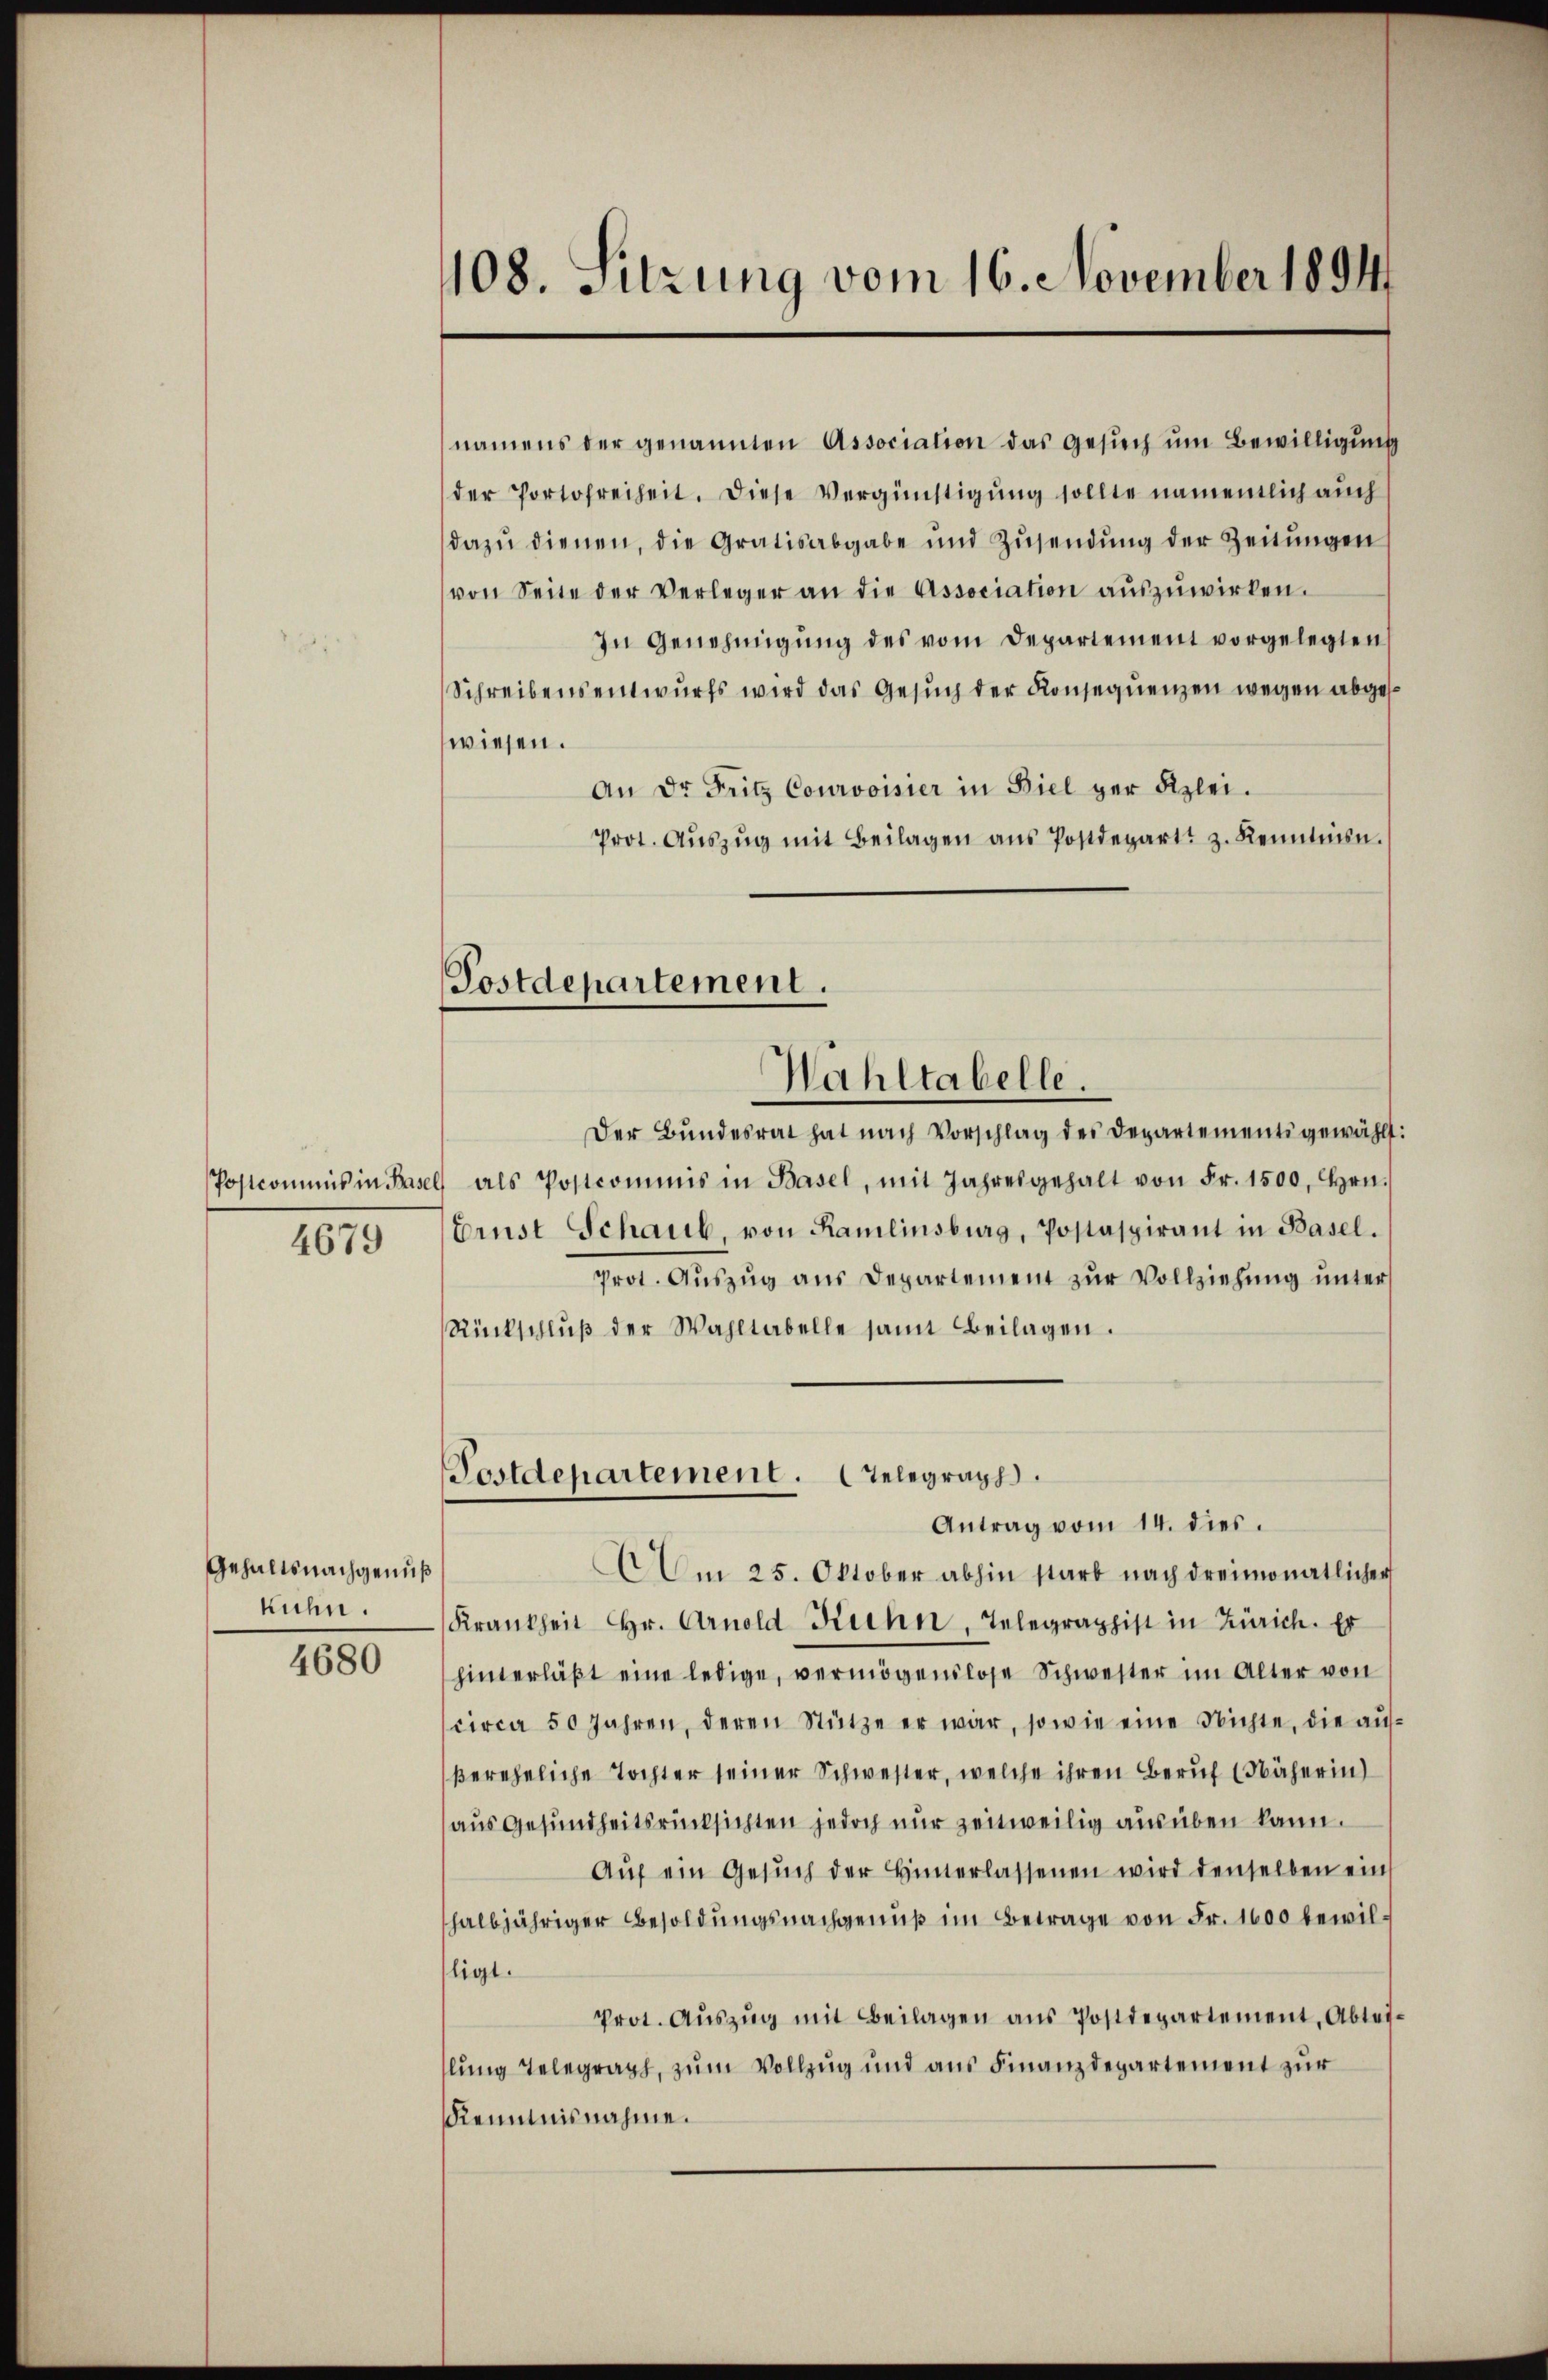
4679

Gehaltsnachgenuß
kuhn.

4680

108. Sitzung vom 16. November 1894

Postdepartement.
Wahltabelle.

namens der genannten Association das Gesuch um Bewilligung
der Portofreiheit. Diese Vergünstigung sollte namentlich auch
dazŭ dienen, die Gratisabgabe und Zŭsendŭng der Zeitŭngen
von Seite der Verleger an die Association aŭszŭwirken.
In Genehmigung des vom Departement vorgelegten
Schreibensentwurfs wird das Gesuch der Konsequenzen wegen abgese
wiesen.
An Dr. Fritz Courvoisier in Biel ger Kzlei.
Prot. Aŭszŭg mit Beilagen ans Postdepart z. Renntnisn.
Der Bŭndesrat hat nach Vorschlag des Departements gewählt:
Postcommis in Basel als Postcommis in Basel, mit Jahresgehalt von Fr. 1500. Hrn.
Ernst Schaub, von Ramlinsburg, Postaspirant in Basel.
prot. Auszug aus Departement zur Vollziehung unter
Rückschlŭβ der Wahltabelle samt Beilagen.
Tostdepartement. Gelegraph
Antrag vom 14. dies.
Am 25. Oktober abhin starb nach dreimonatlicher
Krankheit Hr. Arnold Kuhn, Telegraphist in Zürich. Er
hinterläβt eine ledige, vermögenslose Schwester im Alter von
circa 50 Jahren, deren Stütze er war, sowie eine Nichte, die aufßereheliche Tochter seiner Schwester, welche ihren Beruf (Näherin
aus Gesundheitsrücksichten jedoch nur zeitweilig ausüben kann.
Aŭf ein Gesŭch der Hinterlassenen wird denselben ein
shalbjähriger Besoldungsnachgenuß im Betrage von Fr. 1600 bewilligt.
Prot. Aŭszŭg mit Beilagen ans Postdepartement. Abtei-
slung Telegraph, zum Vollzug und aus Finanzdepartement zur
Kenntnisnahme.